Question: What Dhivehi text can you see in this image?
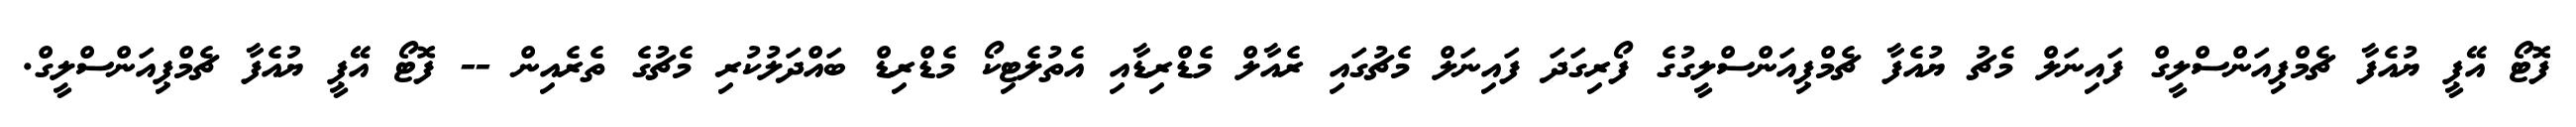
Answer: ފޮޓޯ އޭޕީ ޔުއެފާ ޗެމްޕިއަންސްލީގް ފައިނަލް މެޗު ޔުއެފާ ޗެމްޕިއަންސްލީގުގެ ފޯރިގަދަ ފައިނަލް މެޗުގައި ރެއާލް މެޑްރިޑާއި އެތުލެޓިކޯ މެޑްރިޑް ބައްދަލުކުރި މެޗުގެ ތެރެއިން -- ފޮޓޯ އޭޕީ ޔުއެފާ ޗެމްޕިއަންސްލީގް.